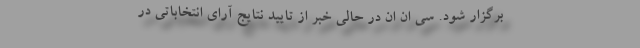
برگزار شود. سی ان ان در حالی خبر از تایید نتایج آرای انتخاباتی در